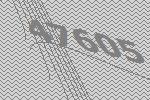
47605